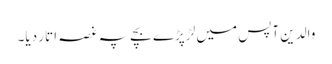
والدین آپس میں لڑ پڑے بچے پہ غصہ اتار دیا۔